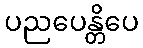
ပညပေန္တိပေ